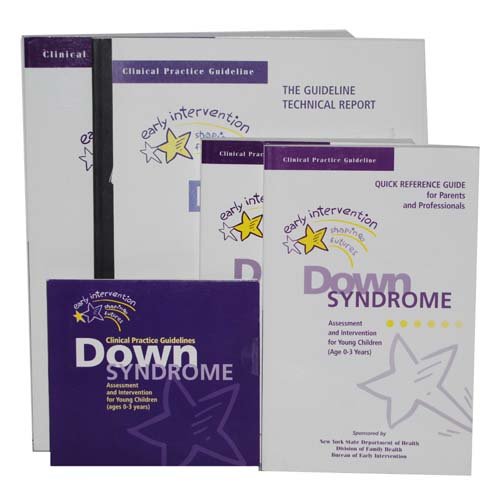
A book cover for Clinical Pratice Guidelines: Down Syndrome (Assessment and Inetervention for Young Children Ages 0-3 Years, Early Intervention Program); Health, Fitness & Dieting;